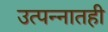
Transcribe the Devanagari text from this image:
उत्पन्नातही